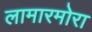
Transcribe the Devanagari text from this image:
लामारमोरा